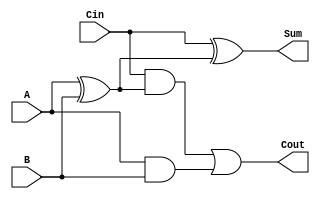
`timescale 1ns / 1ps
//////////////////////////////////////////////////////////////////////////////////
// Company: COMP541

module fulladder(
	input A,
	input B,
	input Cin,
	output Sum,
	output Cout);
	
	wire X;
	assign X = A ^ B;
	assign Sum = Cin ^ X;
	assign Cout = (Cin & X) | (A & B);
	
endmodule